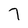
Character: 7